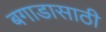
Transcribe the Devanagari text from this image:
बगाडासाठी